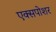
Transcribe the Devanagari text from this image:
एक्सपोशर